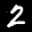
Label: 2